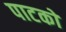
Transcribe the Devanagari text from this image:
पाटकों